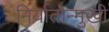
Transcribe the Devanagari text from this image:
निर्यातोन्मुखी